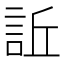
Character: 𧦺